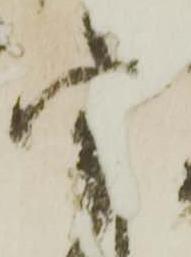
宇